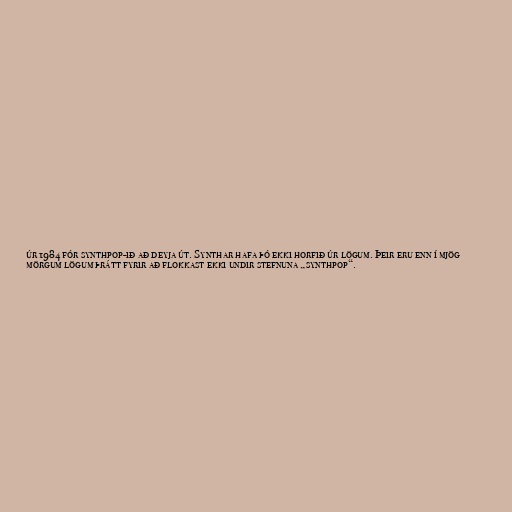
úr 1984 fór synthpop-ið að deyja út. Synthar hafa þó ekki horfið úr lögum. Þeir eru enn í mjög
mörgum lögum þrátt fyrir að flokkast ekki undir stefnuna „synthpop“.